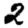
Digit: 2